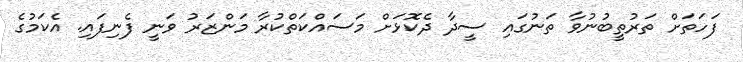
ފަހަތަށް ތަރުތީބުނުވާ ތަނުގައި ސީދާ ދެކޮޅަށް މަސައްކަތްކުރާ މަންޒަރު ވަނީ ފެނިފައި. އެކަމުގެ